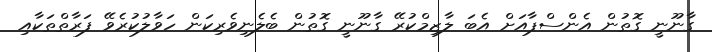
ގާނޫނީ ގޮތުން އެންސްޕާއަށް އެބަ ލާޒިމްކުރޭ ގާނޫނީ ގޮތުން ބެލެނިވެރިކަން ހަވާލުކުރެވޭ ފަރާތްތަކާއި